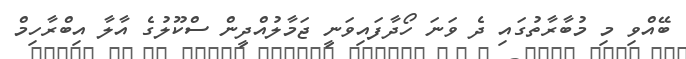
ބޭއްވި މި މުބާރާތުގައި ދެ ވަނަ ހޯދާފައިވަނީ ޖަމާލުއްދީން ސްކޫލުގެ އާލާ އިބްރާހިމް